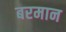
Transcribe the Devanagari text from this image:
बरमान